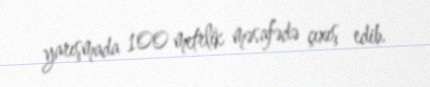
yarışmada 100 metrlik məsafədə çıxış edib.